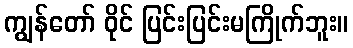
ကျွန်တော် ဝိုင် ပြင်းပြင်းမကြိုက်ဘူး။